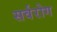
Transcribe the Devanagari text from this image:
सर्वरोग